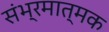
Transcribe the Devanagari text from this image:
संभ्रमात्मक